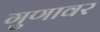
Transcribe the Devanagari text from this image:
गुणावर